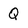
Character: Q